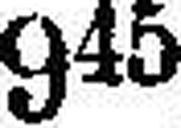
945